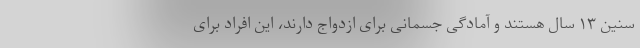
سنین ۱۳ سال هستند و آمادگی جسمانی برای ازدواج دارند، این افراد برای